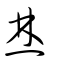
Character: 焚